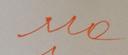
Signature authenticity: forged